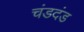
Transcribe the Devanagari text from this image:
चंडदंड